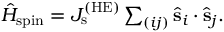
\begin{array} { r } { \hat { H } _ { \mathrm { s p i n } } = J _ { \mathrm { s } } ^ { \mathrm { ( H E ) } } \sum _ { ( i j ) } \hat { \bf s } _ { i } \cdot \hat { \bf s } _ { j } . } \end{array}